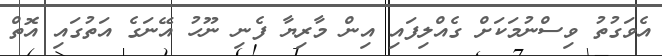
އެވަގުތު ވިސްނުމަކަށް ގެއްލިފައި އިން މާރިޔާ ފެނި ނޫހު އޭނަގެ އަތުގައި އޮތް